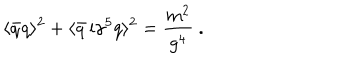
\langle \bar { q } q \rangle ^ { 2 } + \langle \bar { q } \, \mathrm { i } \gamma ^ { 5 } q \rangle ^ { 2 } = \frac { m ^ { 2 } } { g ^ { 4 } } \ .